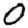
Digit: 0